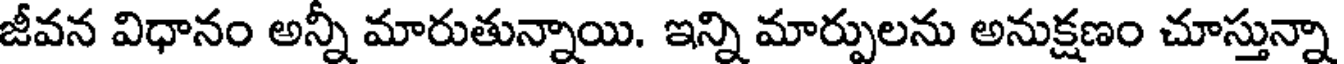
జీవన విధానం అన్ని మారుతున్నాయి. ఇన్ని మార్పులను అనుక్షణం చూస్తున్నా